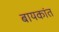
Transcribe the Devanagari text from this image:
बायकांत